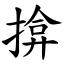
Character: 揜